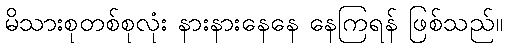
မိသားစုတစ်စုလုံး နားနားနေနေ နေကြရန် ဖြစ်သည်။